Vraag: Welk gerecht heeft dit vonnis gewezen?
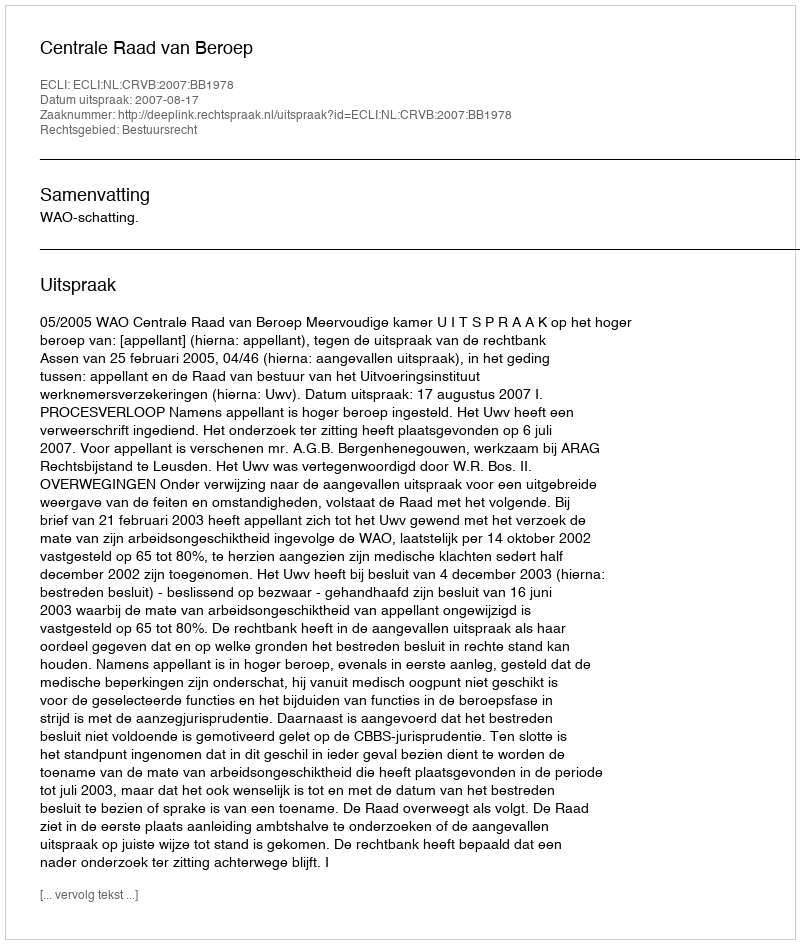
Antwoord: Centrale Raad van Beroep